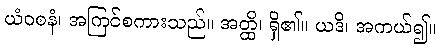
ယံဝစနံ၊ အကြင်စကားသည်။ အတ္ထိ၊ ရှိ၏။ ယဒိ၊ အကယ်၍။